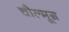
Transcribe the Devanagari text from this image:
चौल्मूग्र